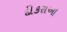
દીકરાઓ